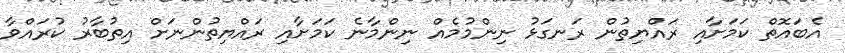
އެބައޮތް ކަމަށާއި ރައްޔިތުން ރަނގަޅު ނިންމުމެއް ނިންމާނެ ކަމަށާއި ރައްޔިތުންނަށް އިތުބާރު ކުރައްވާ